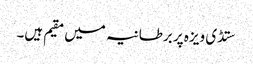
ستڈی ویزہ پر برطانیہ میں مقیم ہیں۔